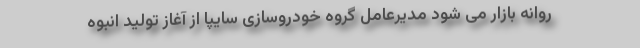
روانه بازار می شود مدیرعامل گروه خودروسازی سایپا از آغاز تولید انبوه